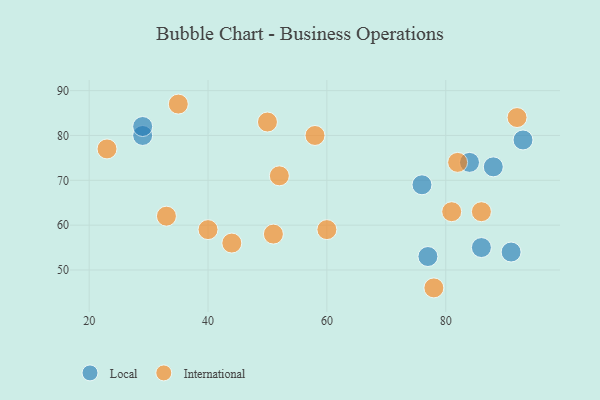
{"axis": {"x": "GDP", "y": "Life Expectancy"}, "legend": ["International", "Local"], "data": [{"x": "29", "y": 80, "type": "Local"}, {"x": "88", "y": 73, "type": "Local"}, {"x": "29", "y": 82, "type": "Local"}, {"x": "76", "y": 69, "type": "Local"}, {"x": "84", "y": 74, "type": "Local"}, {"x": "93", "y": 79, "type": "Local"}, {"x": "91", "y": 54, "type": "Local"}, {"x": "86", "y": 55, "type": "Local"}, {"x": "77", "y": 53, "type": "Local"}, {"x": "92", "y": 84, "type": "International"}, {"x": "60", "y": 59, "type": "International"}, {"x": "86", "y": 63, "type": "International"}, {"x": "50", "y": 83, "type": "International"}, {"x": "23", "y": 77, "type": "International"}, {"x": "44", "y": 56, "type": "International"}, {"x": "78", "y": 46, "type": "International"}, {"x": "51", "y": 58, "type": "International"}, {"x": "58", "y": 80, "type": "International"}, {"x": "33", "y": 62, "type": "International"}, {"x": "35", "y": 87, "type": "International"}, {"x": "40", "y": 59, "type": "International"}, {"x": "81", "y": 63, "type": "International"}, {"x": "52", "y": 71, "type": "International"}, {"x": "82", "y": 74, "type": "International"}]}